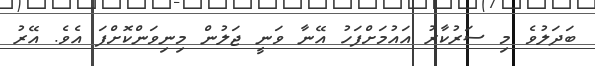
ބަދަލުވެ މި ސަރުކާރު އައުމަށްފަހު އޭނާ ވަނީ ޖަލުން މިނިވަންކޮށްފަ އެވެ. އޭރު